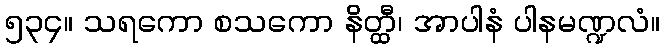
၅၃၄။ သရကော စသကော နိတ္ထီ၊ အာပါနံ ပါနမဏ္ဍလံ။